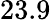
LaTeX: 23.9